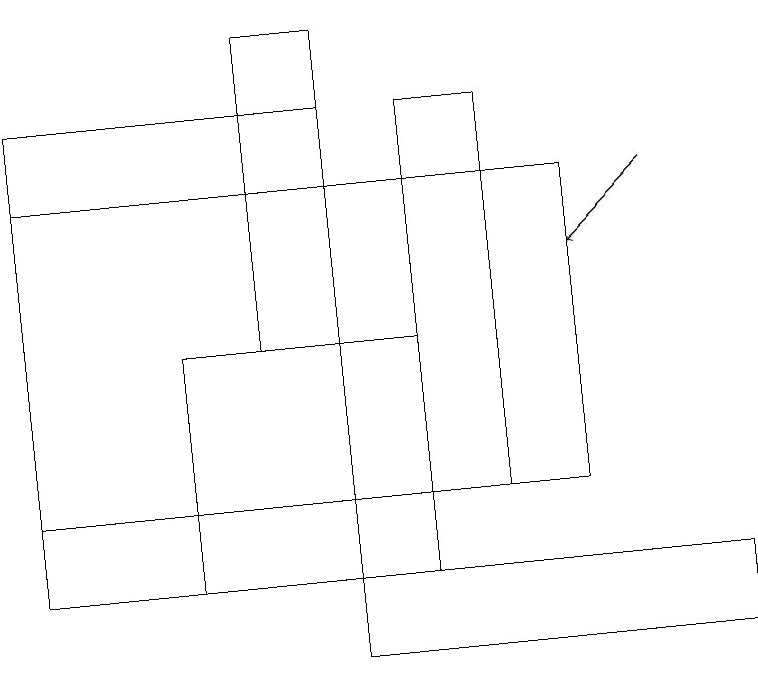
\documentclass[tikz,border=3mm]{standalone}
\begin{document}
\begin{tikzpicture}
\draw (9,11) rectangle (4,12);
\draw (0,13) rectangle (7,17);
\draw (4,19) rectangle (3,15);
\draw (0,18) rectangle (4,12);
\draw (2,12) rectangle (5,15);
\draw[->] (8,17) -- (7,16);
\draw (5,18) rectangle (6,13);
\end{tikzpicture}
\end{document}